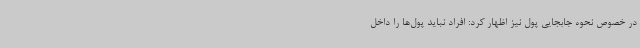
در خصوص نحوه جابجایی پول نیز اظهار کرد: افراد نباید پول‌ها را داخل